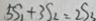
5 S _ { 1 } + 3 S _ { 2 } = 2 S _ { 3 }